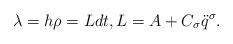
LaTeX: \begin{gather*}\lambda = h\rho = L dt, L = A + C_\sigma \ddot q^\sigma.\end{gather*}